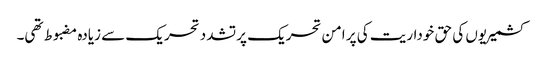
کشمیریوں کی حق خوداریت کی پر امن تحریک پر تشدد تحریک سے زیادہ مضبوط تھی۔